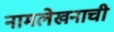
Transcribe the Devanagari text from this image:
नामलेखनाची